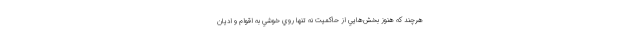
هرچند كه هنوز بخش‌هايي از حاكميت نه تنها روي خوشي به اقوام و اديان